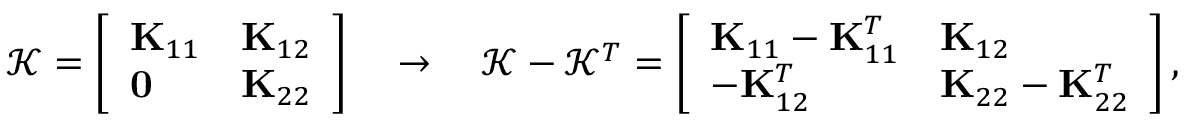
\mathcal { K } = \left[ \begin{array} { l l } { \mathbf { K } _ { 1 1 } } & { \mathbf { K } _ { 1 2 } } \\ { \mathbf { 0 } } & { \mathbf { K } _ { 2 2 } } \end{array} \right] \quad \rightarrow \quad \mathcal { K } - \mathcal { K } ^ { T } = \left[ \begin{array} { l l } { \mathbf { K } _ { 1 1 } - \mathbf { K } _ { 1 1 } ^ { T } } & { \mathbf { K } _ { 1 2 } } \\ { - \mathbf { K } _ { 1 2 } ^ { T } } & { \mathbf { K } _ { 2 2 } - \mathbf { K } _ { 2 2 } ^ { T } } \end{array} \right] ,